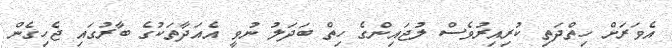
އެވަރަށް ހިތްދަތި ކުރިއިރުވެސް ލުޖައިންގެ ހިތް ބަދަލު ނުވީ އެއަދާތަކުގެ ބާރުގައި ޖެހިގެން